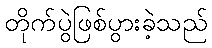
တိုက်ပွဲဖြစ်ပွားခဲ့သည်